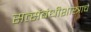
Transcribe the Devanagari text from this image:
सत्संबंधीशास्त्राचे